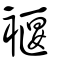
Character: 褗